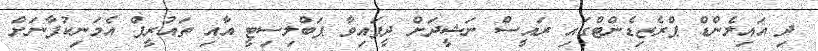
ދި އައިލެންޑް ޕްރެޒިޑެންޓްގައި ރައީސް ނަޝީދަށް ދީފައިވާ ޕަބްލިސިޓީ އާއި ތައުރީފް އެމަނިކުފާނަށް